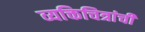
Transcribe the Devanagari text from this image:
व्यक्तिचित्रांची